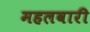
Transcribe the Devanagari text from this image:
महलवारी